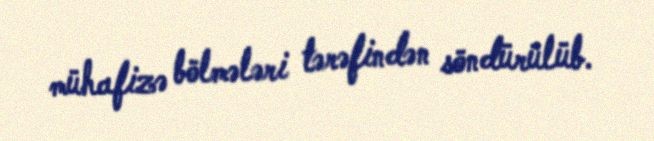
mühafizə bölmələri tərəfindən söndürülüb.